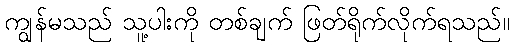
ကျွန်မသည် သူ့ပါးကို တစ်ချက် ဖြတ်ရိုက်လိုက်ရသည်။